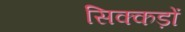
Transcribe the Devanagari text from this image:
सिक्कड़ों